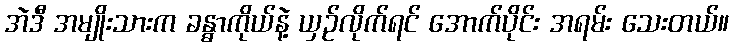
အဲဒီ အမျိုးသားက ခန္ဓာကိုယ်နဲ့ ယှဉ်လိုက်ရင် အောက်ပိုင်း အရမ်း သေးတယ်။